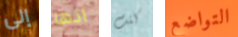
إلى انها كنت التواضع